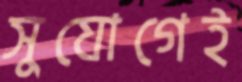
সুযোগেই